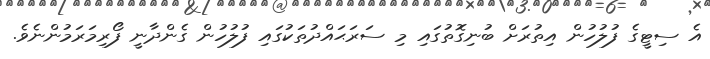
އެ ސިޓީގެ ފުލުހުން އިތުރަށް ބުނިގޮތުގައި މި ސަރަޙައްދުތަކުގައި ފުލުހުން ގެންދާނީ ފޯރިމަރަމުންނެވެ.